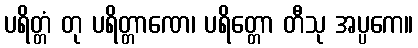
ပရိတ္တံ တု ပရိတ္တာဏေ၊ ပရိတ္တော တီသု အပ္ပကေ။